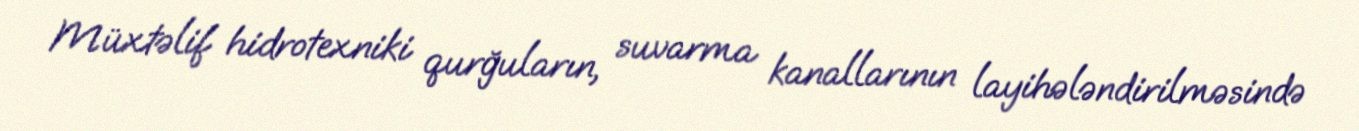
Müxtəlif hidrotexniki qurğuların, suvarma kanallarının layihələndirilməsində